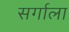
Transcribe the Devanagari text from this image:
सर्गाला